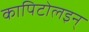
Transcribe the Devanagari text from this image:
कापिटोलइन्